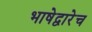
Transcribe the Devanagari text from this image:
भाषेद्वारेच